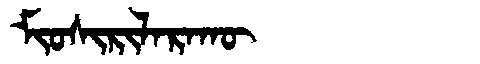
Manchu: ᠮᡳᠣᠰᡳᡵᡳᠯᠠᡵᠠᡴᡡ
Romanization: MIOSIRILARAKŪ